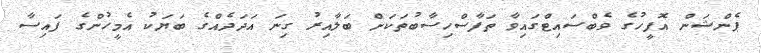
ޕެންޝަން އޮފީހުގެ ވެބްސައިޓްގައިވާ ތަފާސްހިސާބުތަކަށް ބަލާއިރު ގިނަ އަދަދެއްގެ ބަޔަކު އެމީހުންގެ ފައިސާ